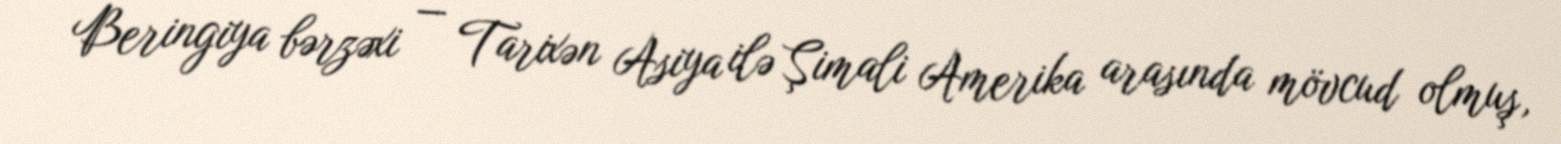
Beringiya bərzəxi — Tarixən Asiya ilə Şimali Amerika arasında mövcud olmuş,